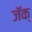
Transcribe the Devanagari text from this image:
जॅक्